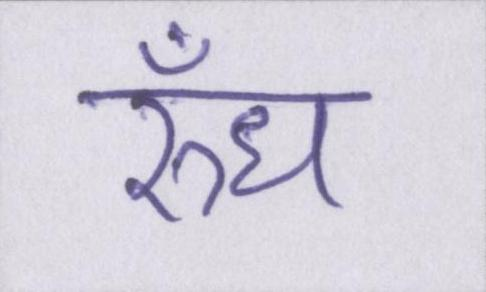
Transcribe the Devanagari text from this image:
रुँध